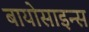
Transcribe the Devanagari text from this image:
बायोसाइन्स